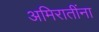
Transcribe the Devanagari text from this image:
अमिरातींना